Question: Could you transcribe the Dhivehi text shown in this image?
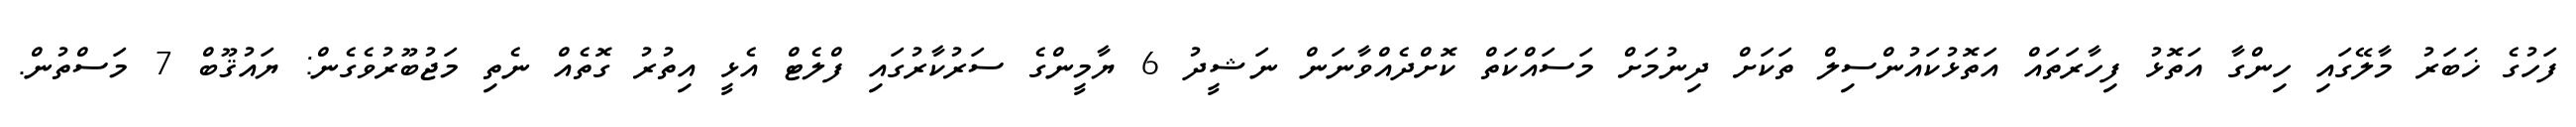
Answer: ފަހުގެ ޚަބަރު މާލޭގައި ހިންގާ އަތޮޅު ފިހާރަތައް އަތޮޅުކައުންސިލް ތަކަށް ދިނުމަށް މަސައްކަތް ކޮށްދެއްވާނަން ނަޝީދު 6 ޔާމީންގެ ސަރުކާރުގައި ފްލެޓް އެޅީ އިތުރު ގޮތެއް ނެތި މަޖުބޫރުވެގެން: ޔައުޤޫބް 7 މަސްތުން.